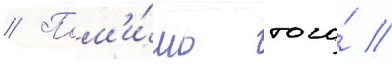
// Пом'и́мо того́ /